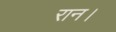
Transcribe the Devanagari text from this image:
रान।